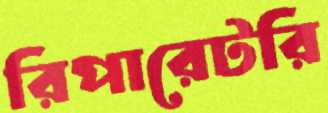
রিপারেটরি